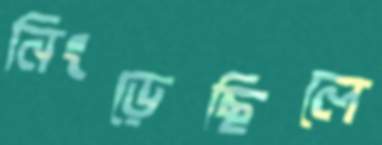
নিংড়েছিলে